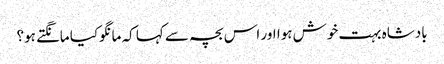
بادشاہ بہت خوش ہوا اور اس بچہ سے کہا کہ مانگوکیا مانگتے ہو؟